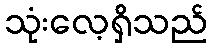
သုံးလေ့ရှိသည်